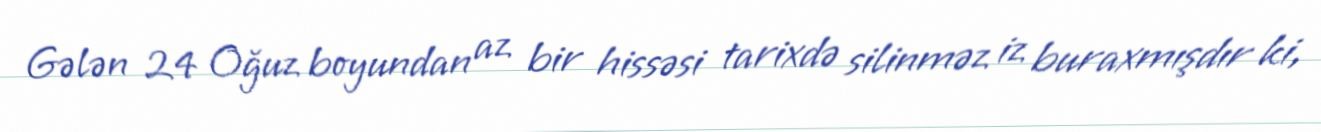
Gələn 24 Oğuz boyundan az bir hissəsi tarixdə silinməz iz buraxmışdır ki,